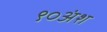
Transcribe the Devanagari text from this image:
९०अंश